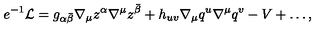
e ^ { - 1 } { \cal L } = g _ { \alpha \bar { \beta } } \nabla _ { \mu } z ^ { \alpha } \nabla ^ { \mu } z ^ { \bar { \beta } } + h _ { u v } \nabla _ { \mu } q ^ { u } \nabla ^ { \mu } q ^ { v } - V + \ldots ,